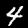
Label: 4